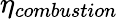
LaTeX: \eta_{combustion}